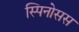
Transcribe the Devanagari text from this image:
स्पिनोसस